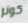
كونر